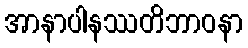
အာနာပါနဿတိဘာဝနာ